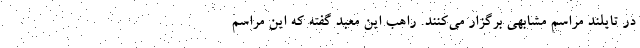
در تایلند مراسم مشابهی برگزار می‌کنند. راهب این معبد گفته که این مراسم